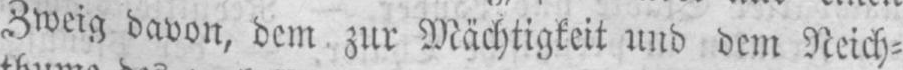
Zweig davon, dem zur Mächtigkeit und dem Reich⸗